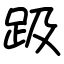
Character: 趿